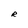
Character: R